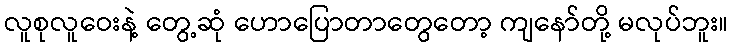
လူစုလူဝေးနဲ့ တွေ့ဆုံ ဟောပြောတာတွေတော့ ကျနော်တို့ မလုပ်ဘူး။